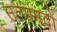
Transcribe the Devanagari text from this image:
उत्पामदों